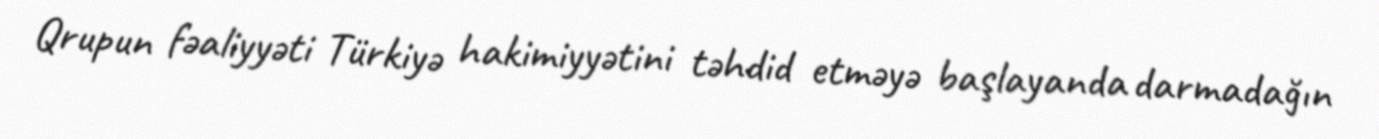
Qrupun fəaliyyəti Türkiyə hakimiyyətini təhdid etməyə başlayanda darmadağın